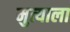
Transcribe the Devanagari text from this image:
मुत्याला